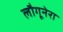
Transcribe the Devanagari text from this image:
लौगूनेरा